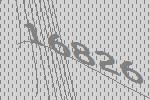
16826